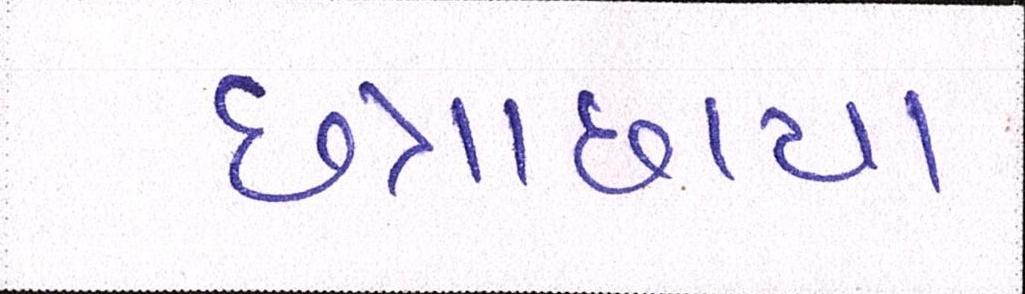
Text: છત્રાછાયા